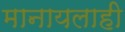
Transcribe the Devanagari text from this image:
मानायलाही